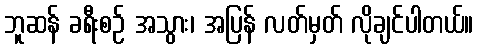
ဘူဆန် ခရီးစဉ် အသွား၊ အပြန် လတ်မှတ် လိုချင်ပါတယ်။